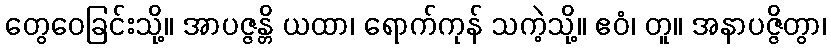
တွေဝေခြင်းသို့။ အာပဇ္ဇန္တိ ယထာ၊ ရောက်ကုန် သကဲ့သို့။ ဧဝံ၊ တူ။ အနာပဇ္ဇိတွာ၊